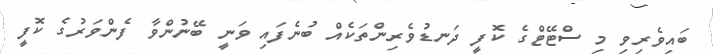
ބައިވެރިވި މި ސްޓޭޓްގެ ކޮފީ ދަނޑުވެރިންތަކެއް ބުނެފައި ވަނީ ބޭނުންވާ ފެންވަރުގެ ކޮފީ